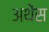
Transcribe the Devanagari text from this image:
अथेंस